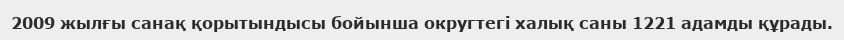
2009 жылғы санақ қорытындысы бойынша округтегі халық саны 1221 адамды құрады.